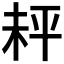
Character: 𪲅